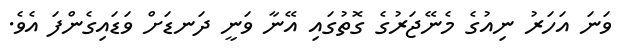
ވަނަ އަހަރު ނިއުގެ މެނޭޖަރުގެ ގޮތުގައި އޭނާ ވަނީ ދަނޑަށް ވަޑައިގެންފަ އެވެ.